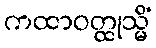
ကထာဝတ္ထုသ္မိံ